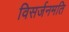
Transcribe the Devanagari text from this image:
विसर्जनमति